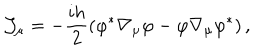
{ \cal J } _ { \mu } = - \frac { i h } 2 \left( \varphi ^ { * } \nabla _ { \mu } \varphi - \varphi \nabla _ { \mu } \varphi ^ { * } \right) ,